Leningradi_Edasi_toimetus, lk 204
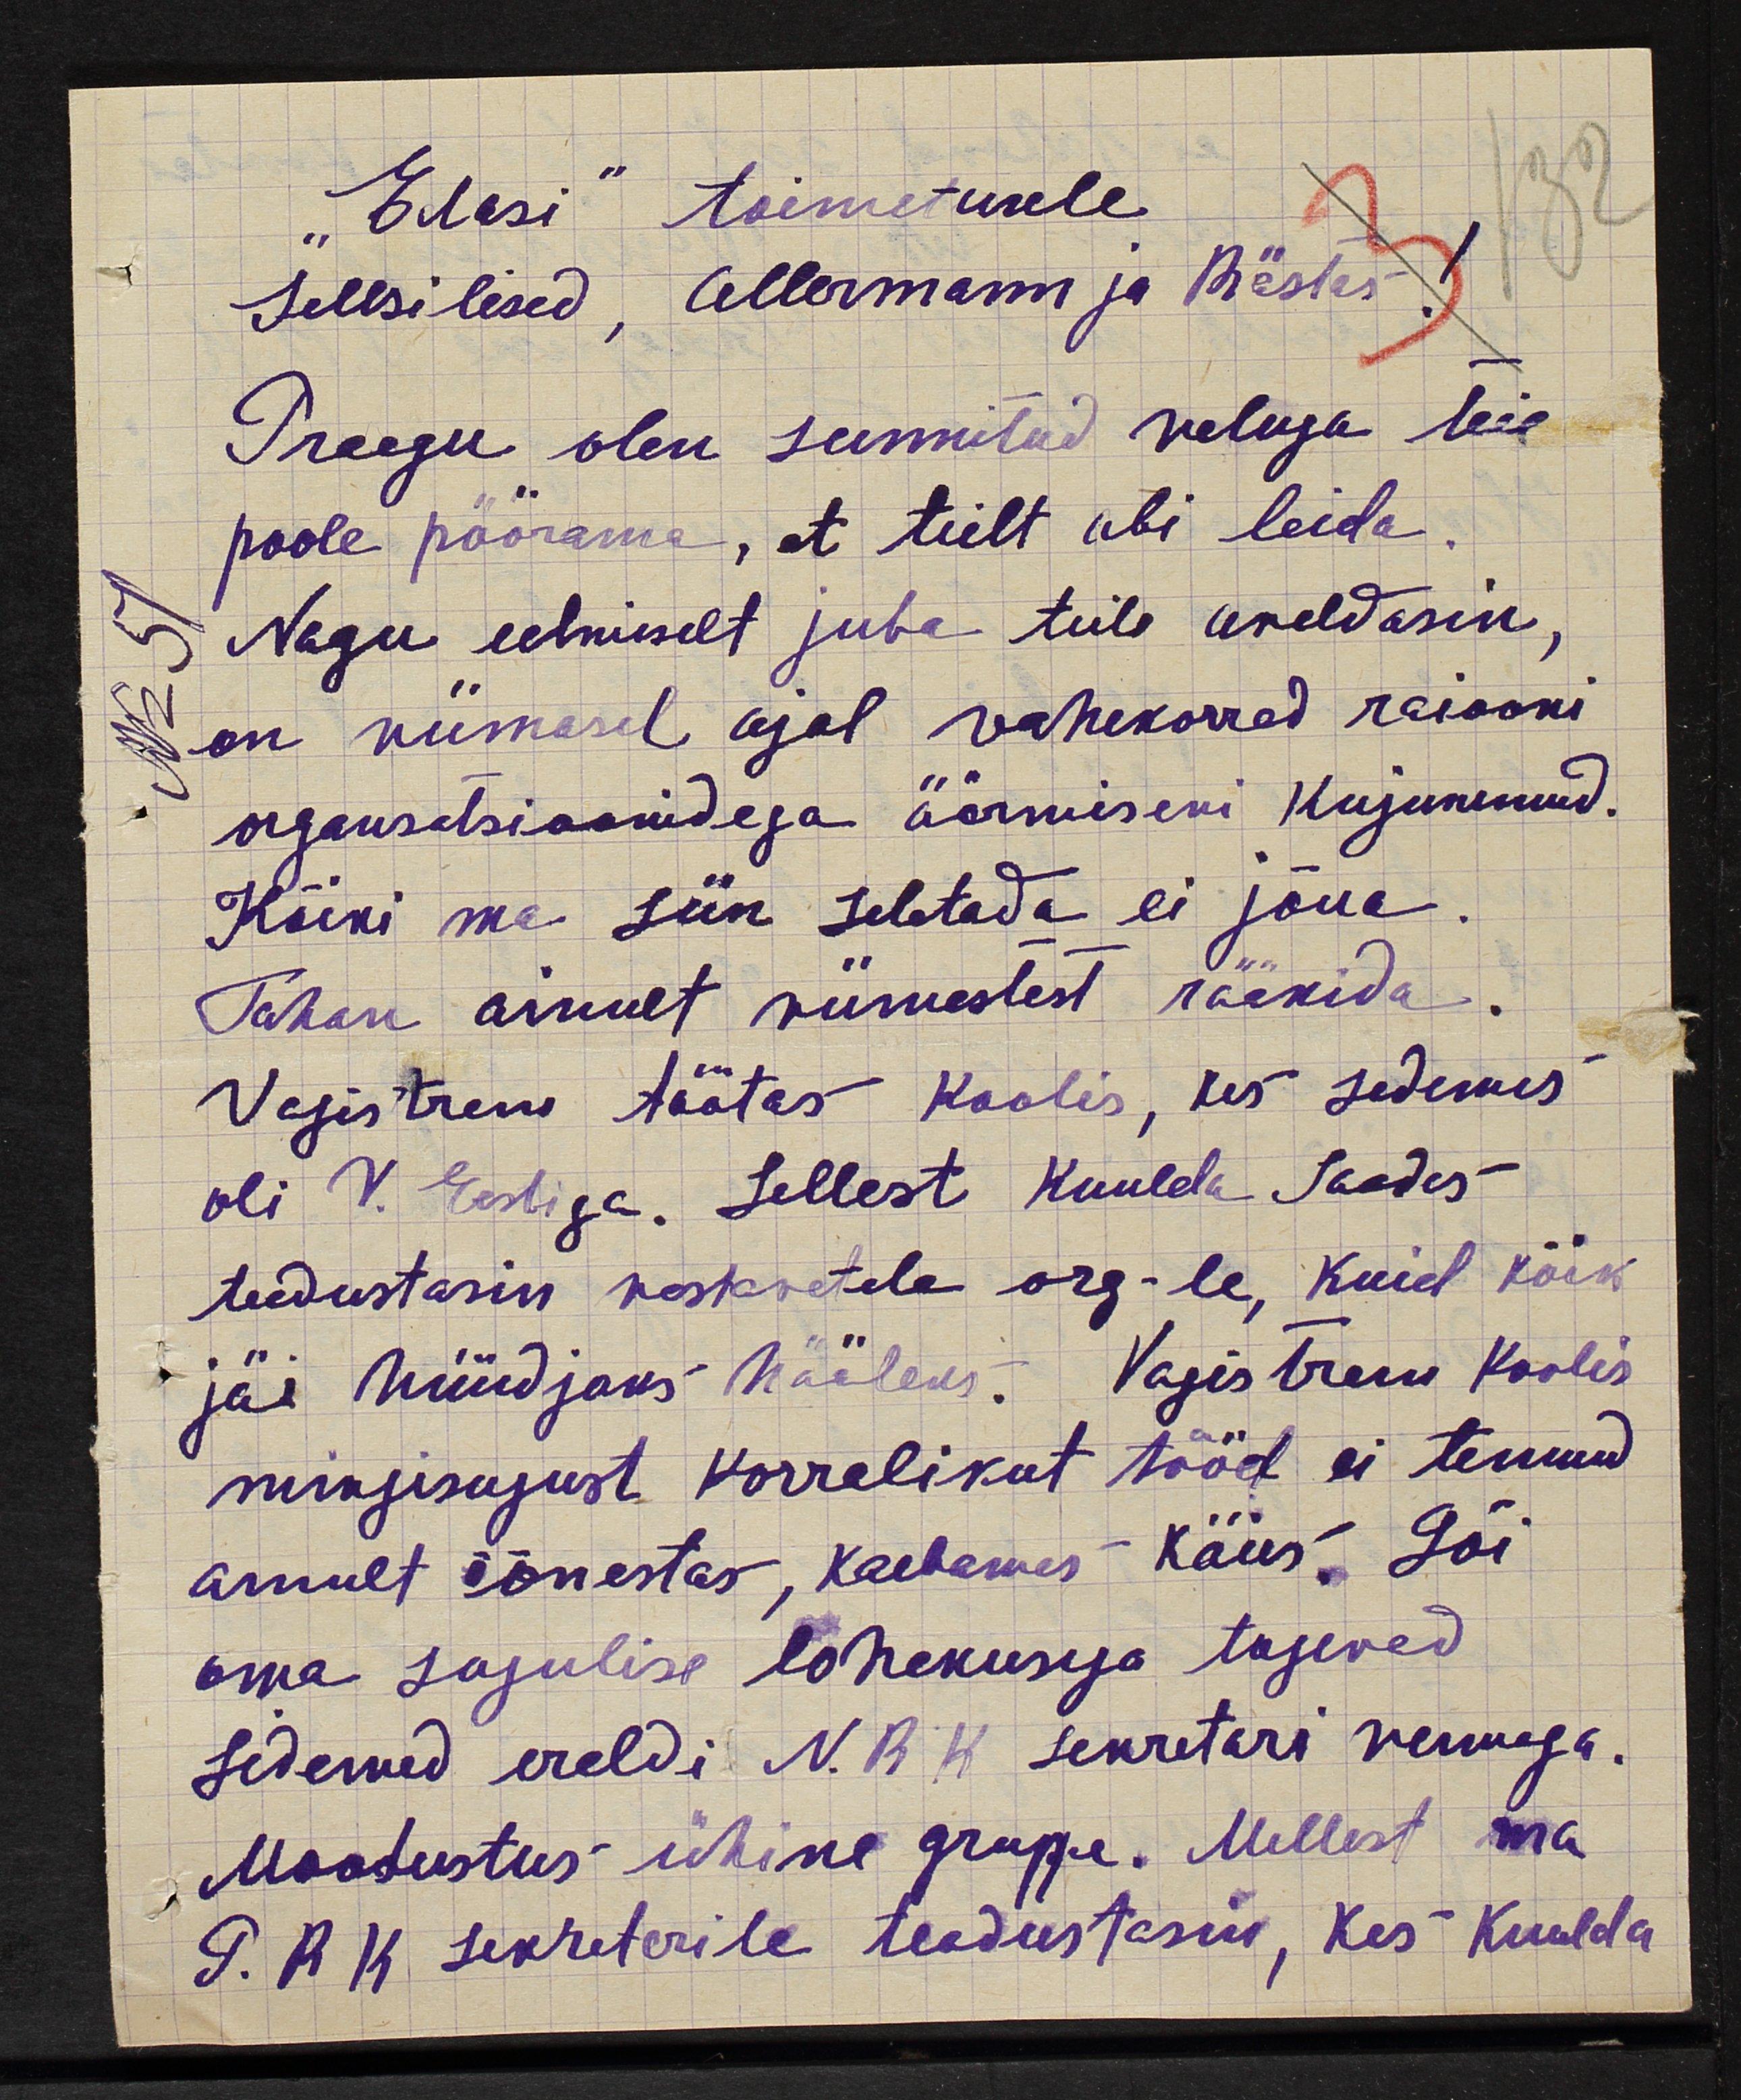
"Edasi" toimetusele
132
Sellsilised, Allermann ja Rästas
3
Praegu olen sunnitud valuga Teie
poole pöörama, et teilt abi leida
No 51
Nagu eelmiselt juba teile areldasin,
on viimasel ajal vahekorrad raiooni
organselsioonidega äärmiseni kujunenud.
Kõiki ma siin seletada ei jõua.
Tahan ainult viimestest rääkida.
Vagistrem töötas koolis, kes sedemis
oli V. Eestiga. Sellest kuulda saades
teadustasin vastavatele org-le, kuid kõik
jäi hüüdjaks hääleks. Vagistrem koolis
mingisugust korralikut tööd ei tennud
ainult õõnestas, kaebamas käies. Lõi
oma sugulise lohakusega tugevad
sidemed ereldi N.R.K sekretari vennaga.
Moodustus ühine gruppe. Millest ma
P. R.K. sekretarile teadustasin, kes kuulda